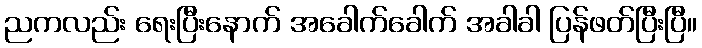
ညကလည်း ရေးပြီးနောက် အခေါက်ခေါက် အခါခါ ပြန်ဖတ်ပြီးပြီ။